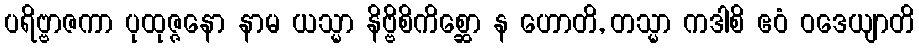
ပရိဗ္ဗာဇကာ ပုထုဇ္ဇနော နာမ ယသ္မာ နိဗ္ဗိစိကိစ္ဆော န ဟောတိ, တသ္မာ ကဒါစိ ဧဝံ ဝဒေယျာတိ